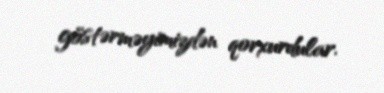
göstərməyimizdən qorxurdular.